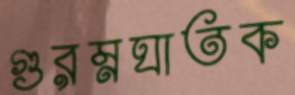
গুরম্নঘাতক